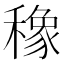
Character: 𮃯